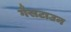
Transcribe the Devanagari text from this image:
गैसटाउन